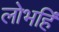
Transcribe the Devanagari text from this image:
लोभहिं